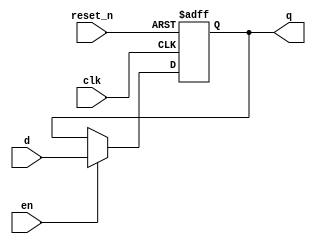
//32-bit register
module register32_r_en(q, clk, reset_n, en, d);
	input clk, reset_n, en;	//clock, reset, enable
	input [31:0] d;			//data
	output reg [31:0] q;		//output
	
	always@(posedge clk or negedge reset_n)
	begin
		if(reset_n == 0) q <= 32'b0;
		else if(en) q <= d; 
		else q <= q;
	end
endmodule